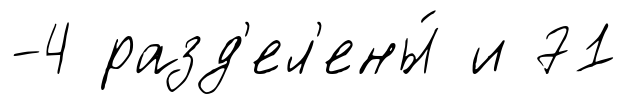
-4 разд'ел'ены́ и 71